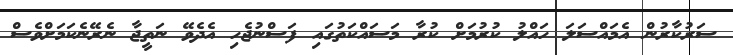
ސަރުކާރުން އެމައްސަލަ ހައްލު ކުރުމަށް ކުރާ މަސައްކަތުގައި ފަސްނުޖެހި އެދެވޭ ނަތީޖާ ނެރޭނެކަމަށްވެސް